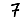
Digit: 7